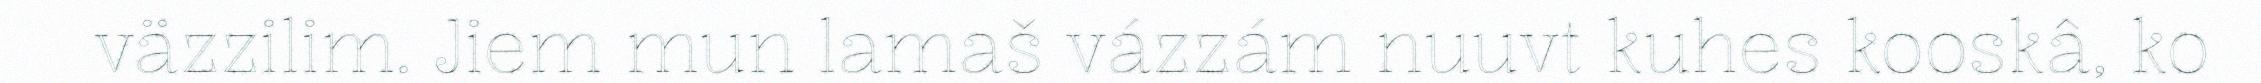
väzzilim. Jiem mun lamaš vázzám nuuvt kuhes kooskâ, ko